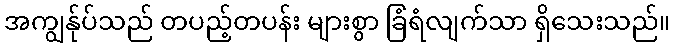
အကျွန်ုပ်သည် တပည့်တပန်း များစွာ ခြံရံလျက်သာ ရှိသေးသည်။